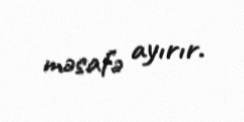
məsafə ayırır.